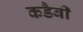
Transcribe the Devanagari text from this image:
कडैबी